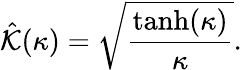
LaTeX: \hat{\mathcal{K}}(\kappa)=\sqrt{\frac{\operatorname{tanh}(\kappa)}{\kappa}}.